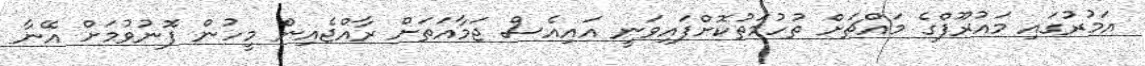
އަމުރުގައި މައުރޫފްގެ މައްޗަށް ތުހުމަތުކޮށްފައިވަނީ އައިއެސް ޖަމާއަތަށް ރާއްޖެއިން މީހުން ފޮނުވުމަށް އޭނާ